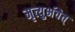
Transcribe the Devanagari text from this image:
मृत्युर्भवेत्